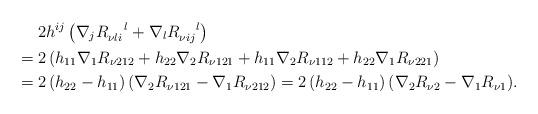
LaTeX: \begin{align*}&\quad\ 2h^{ij}\left(\nabla_j R_{\nu li}^{\ \ \ l}+\nabla_l R_{\nu ij}^{\ \ \ l}\right)\\&=2\left(h_{11}\nabla_1R_{\nu 212}+h_{22}\nabla_2R_{\nu 121}+h_{11}\nabla_2R_{\nu 112}+h_{22}\nabla_1R_{\nu 221}\right)\\&=2\left(h_{22}-h_{11}\right)\left(\nabla_2R_{\nu 121}-\nabla_1R_{\nu 212} \right)=2\left(h_{22}-h_{11}\right)(\nabla_2R_{\nu 2}-\nabla_1R_{\nu 1}).\end{align*}